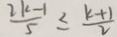
\frac { 2 k - 1 } { 5 } \leq \frac { k + 1 } { 2 }